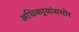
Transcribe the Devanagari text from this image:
अधिकार्‍यांसमोर